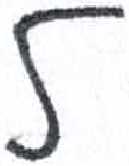
אות: ל